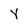
Character: Y